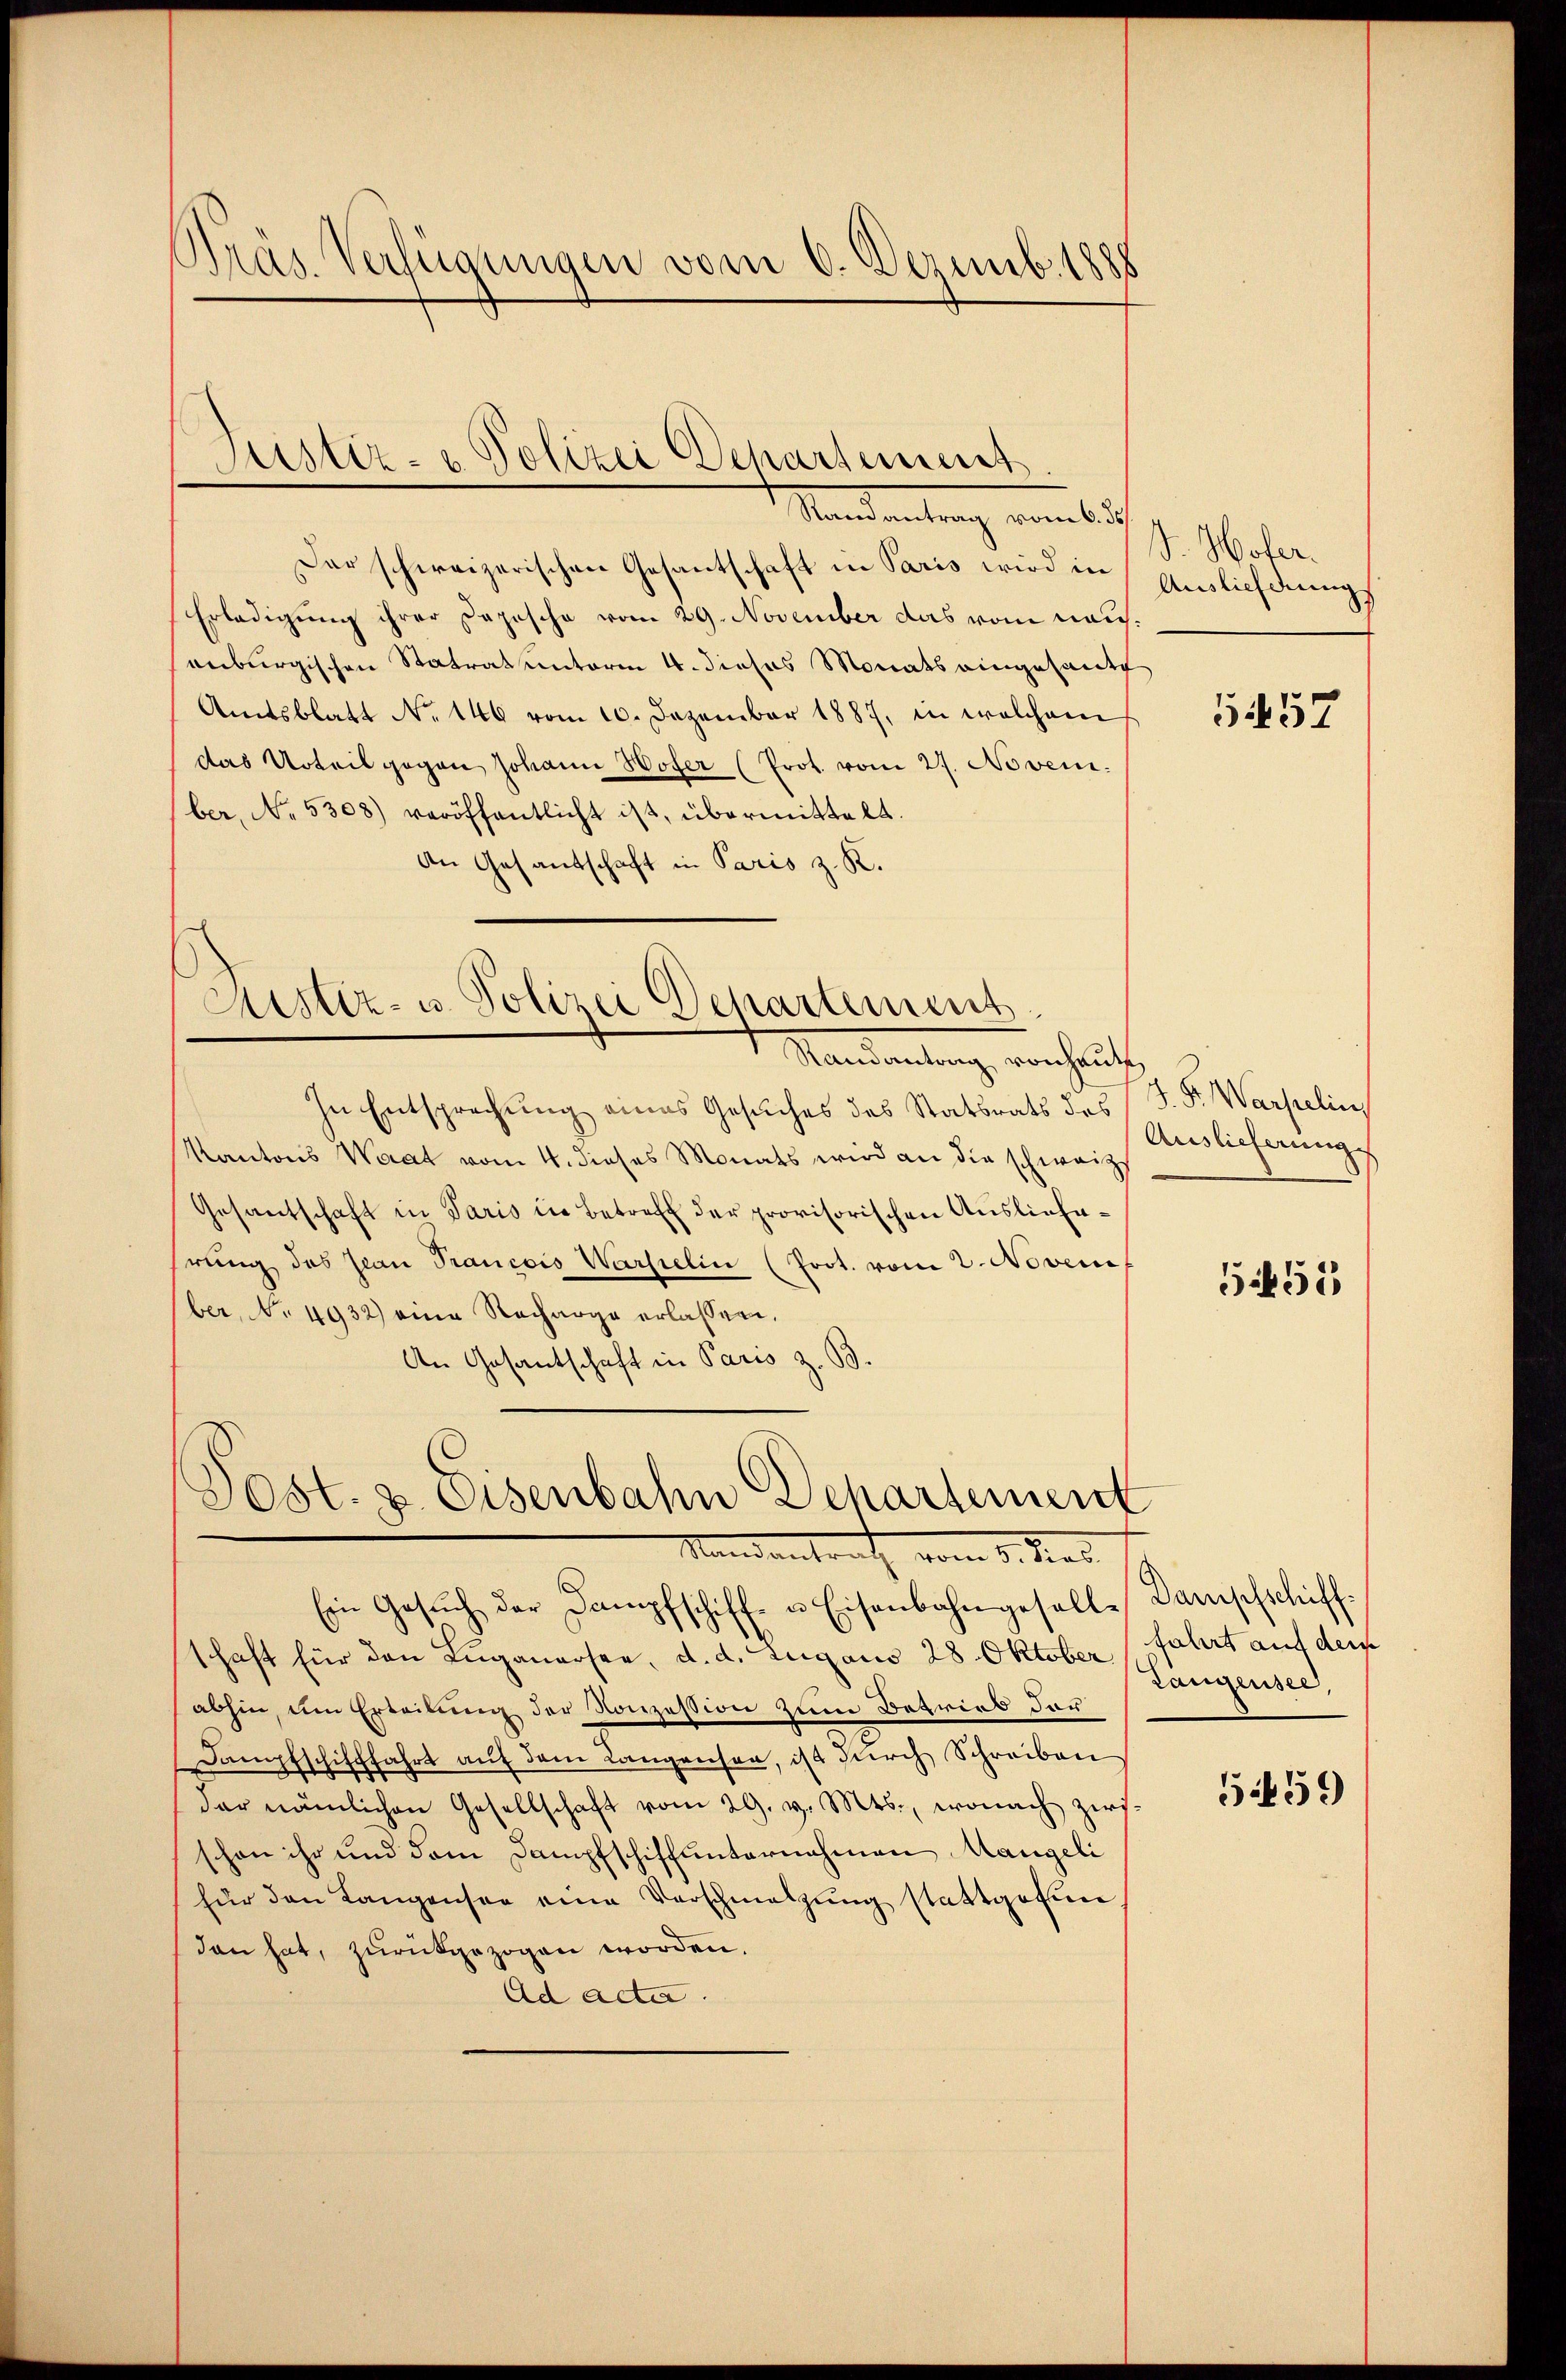
Standentrag vom lich
Dar schweizerischen Gesantschaft in Paris wird in
Erledigung ihrer Dozische vom 29. November das vom Hausenburgischen Statrat unterm 4. dieses Monats eingesandt
Amtsblatt No 146 vom 10. Dezember 1887, in welchem
das Urteil gegen Johann Wofer (Prot. vom 27. Novem
ber, No. 5308) veröffentlicht ist, übermittelt.
An Gesandschaft in Paris z. R.

Kras Verfügungen vom 6. Dezemb. 1885

Pristiz- & Polizei Departement

Justiz- u. Polizei Departement
1 Mandantung, vorhaupt

In Entsprechung eines Gesuches des Statsrats des
Kantons Waat vom 4. dieses Monats wird an die schweiz
Gesantschaft in Paris in Betreff der provisorischen Auslieferung des Jean Francois Warsielin (Prot. vom 2. Novem
ber, No 4932) eine Recharge erlassen,
An Gesantschaft in Paris z. B.

Post. z. Eisenbahn Departement
Mandantrath vom 1. Dies

Ein Gesŭch der Dampfschiff- u. Eisenbahngeselle Dampfschiffschaft für den Luganersee, d. d. Zugano 28. Oktober
abhin, um Erteilung der Konzession zum Betrieb dar¬
Dampfschifffahrt auf dem Langensen, ist durch Schreiben
dar nämlichen Gesellschaft vom 29. v. Mts., wonach ziers
schon ihr und dem Dampfschiffunternahmen Mangeli
für den Langensee eine Verschmelzung stattgefun
dan hat, zurückgezogen worden.
Ad acta.

S. Wofer.
Auslichung

5457

J. F. Warstelin
Auslieferung

552

fahrt auf dem
Langensee,

51459